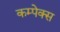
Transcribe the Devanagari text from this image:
कम्पेक्स